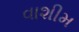
વાશીમ